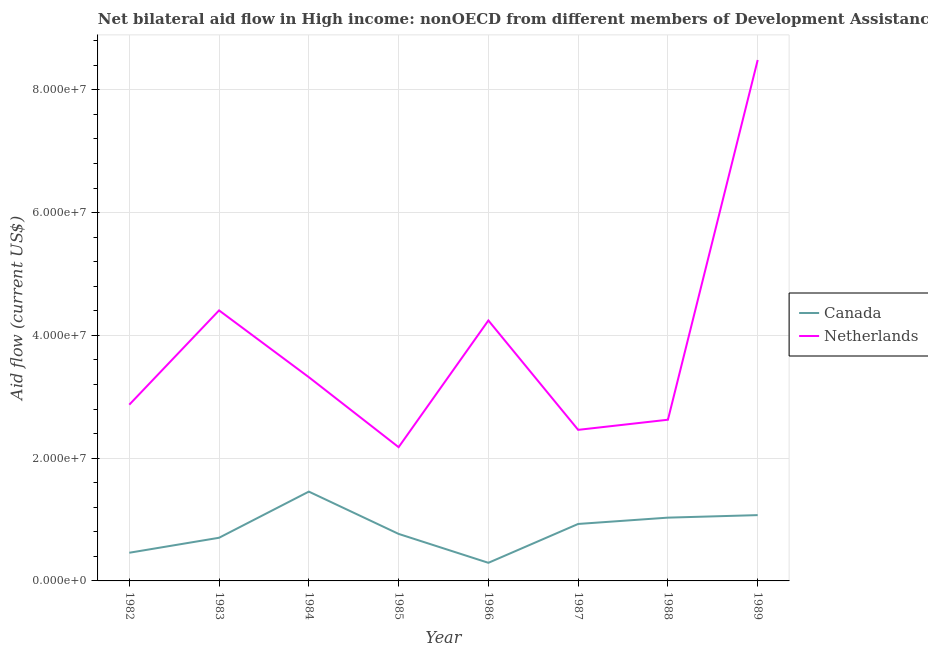
| Year | Canada | Netherlands |
 | --- | --- | --- |
 | 1982 | 4.59e+06 | 2.87e+07 |
 | 1983 | 7.03e+06 | 4.41e+07 |
 | 1984 | 1.46e+07 | 3.32e+07 |
 | 1985 | 7.66e+06 | 2.18e+07 |
 | 1986 | 2.95e+06 | 4.24e+07 |
 | 1987 | 9.28e+06 | 2.46e+07 |
 | 1988 | 1.03e+07 | 2.63e+07 |
 | 1989 | 1.07e+07 | 8.49e+07 |